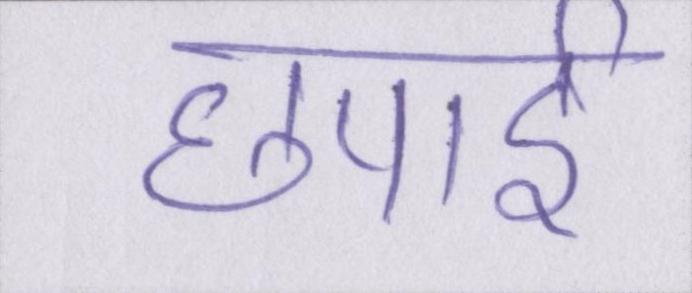
छपाई